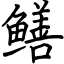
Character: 鳝